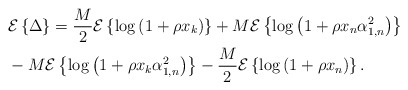
\begin{align*}&\mathcal{E}\left\{\Delta\right\} =\frac{M}{2}\mathcal{E}\left\{ \log \left( 1+\rho x_{k} \right)\right\} +M\mathcal{E}\left\{\log \left(1+\rho x_n\alpha_{1,n}^2 \right) \right\} \\ &- M \mathcal{E}\left\{\log\left(1+ \rho x_k \alpha_{1,n}^2\right)\right\} -\frac{M}{2}\mathcal{E}\left\{\log \left(1+\rho x_n \right) \right\}.\end{align*}